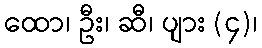
ထော၊ ဦး၊ ဆီ၊ ပျား (၄)၊